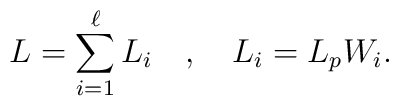
L=\sum_{i=1}^\ell L_i\quad ,\quad L_i=L_pW_i.